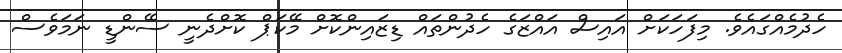
ހެދުމެއްގައެވެ. މިފަހަކަށް އައިސް އައްޒަގެ ހެދުންތައް ޑިޒައިންކޮށް މޭކަޕް ކޮށްދެނީ ސޭންޑީ ނަމަވެސް